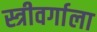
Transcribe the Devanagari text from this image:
स्त्रीवर्गाला